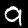
Digit: 9